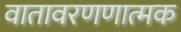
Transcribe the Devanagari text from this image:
वातावरणणात्मक